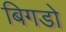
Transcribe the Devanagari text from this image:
बिगडो